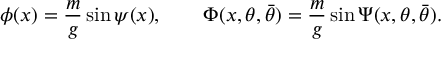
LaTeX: \phi ( x ) = { \frac { m } { g } } \sin \psi ( x ) , \qquad \Phi ( x , \theta , \bar { \theta } ) = { \frac { m } { g } } \sin \Psi ( x , \theta , \bar { \theta } ) .